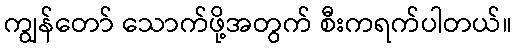
ကျွန်တော် သောက်ဖို့အတွက် စီးကရက်ပါတယ်။